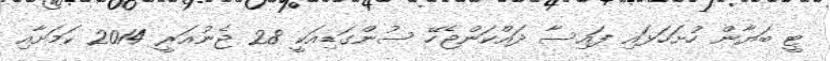
ޓީ ބަޔާން ހުށަހަޅައި ފައިސާ ދައްކަންޖެހޭ ސުންގަޑިއަކީ 28 ޖެނުއަރީ 2014 ކަމަށާއި